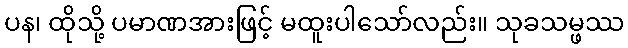
ပန၊ ထိုသို့ ပမာဏအားဖြင့် မထူးပါသော်လည်း။ သုခသမ္ဖဿ